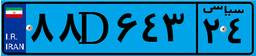
۸۸D۶۴۳۲۴